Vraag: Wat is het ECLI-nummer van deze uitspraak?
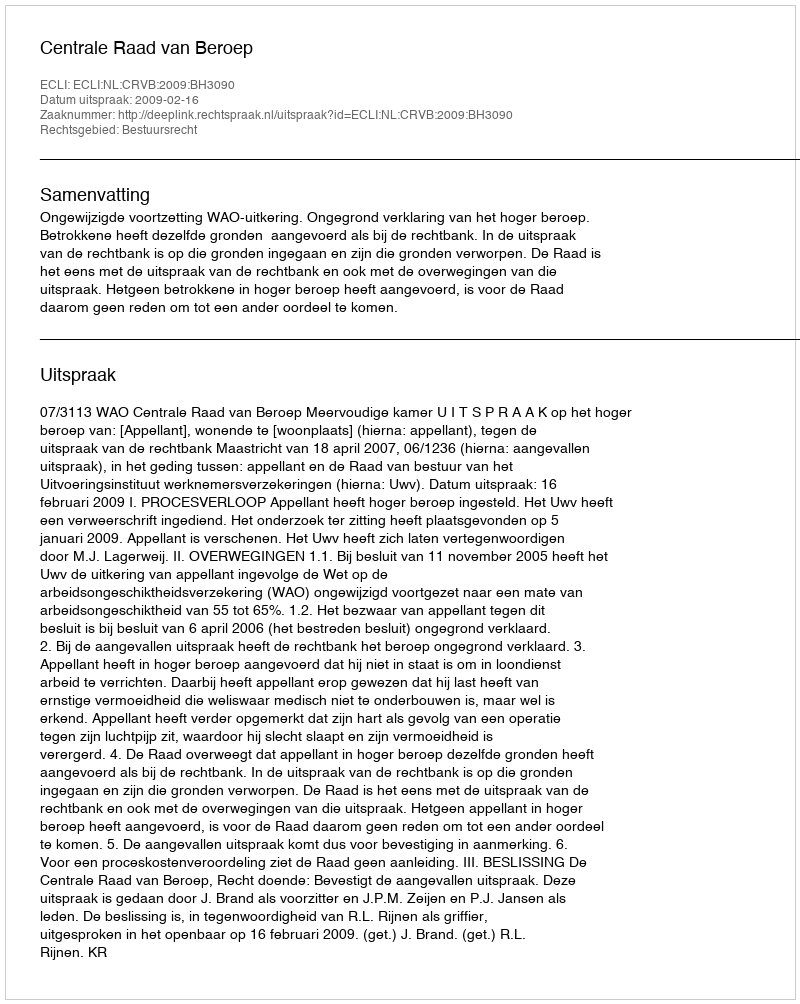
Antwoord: ECLI:NL:CRVB:2009:BH3090